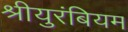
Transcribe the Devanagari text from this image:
श्रीयुरंबियम